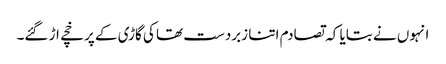
انہوں نے بتایا کہ تصادم اتنا زبردست تھا کی گاڑی کے پرخچے اڑ گئے۔